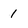
Character: 1